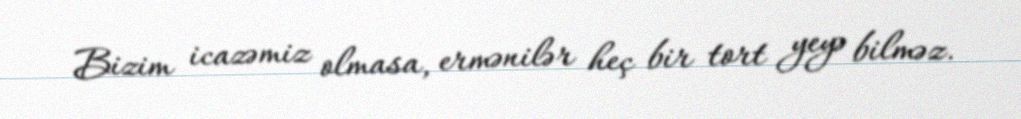
Bizim icazəmiz olmasa, ermənilər heç bir tort yeyə bilməz.